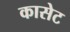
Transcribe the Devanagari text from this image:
कासेट